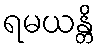
ရမယန္တိ